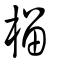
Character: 榴